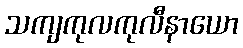
သကျကုလကုလီနာယော